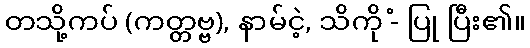
တသို့ကပ် (ကတ္တဗ္ဗ), နာမ်ငဲ့, သိကို -ံ ပြု ပြီး၏။